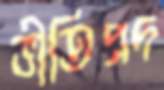
ভীতিপ্রদ